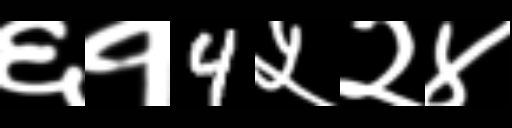
Text: ६१4५२४